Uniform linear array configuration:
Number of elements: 8
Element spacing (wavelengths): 0.75
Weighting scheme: hamming
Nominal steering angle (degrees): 0
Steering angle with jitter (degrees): -1.446
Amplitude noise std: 0.05
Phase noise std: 0.05

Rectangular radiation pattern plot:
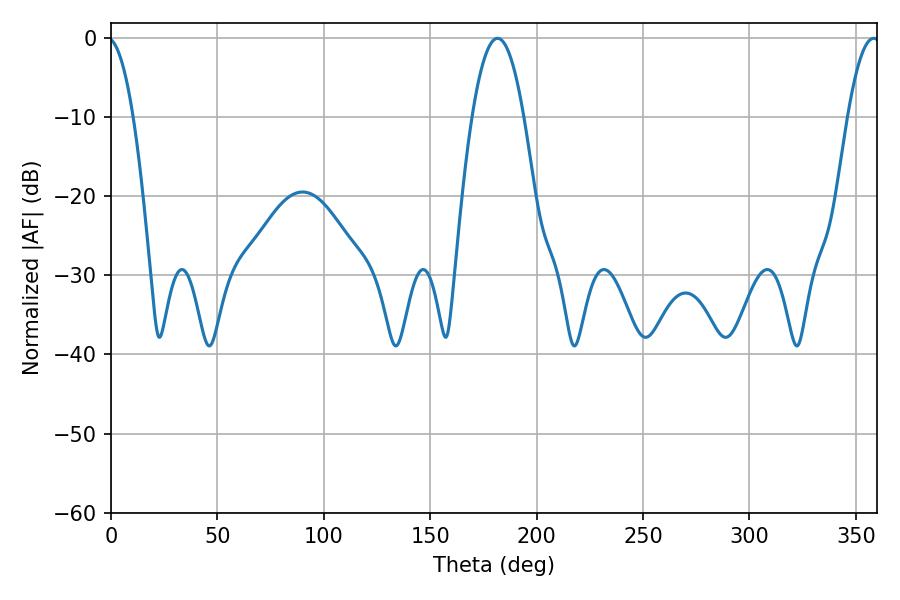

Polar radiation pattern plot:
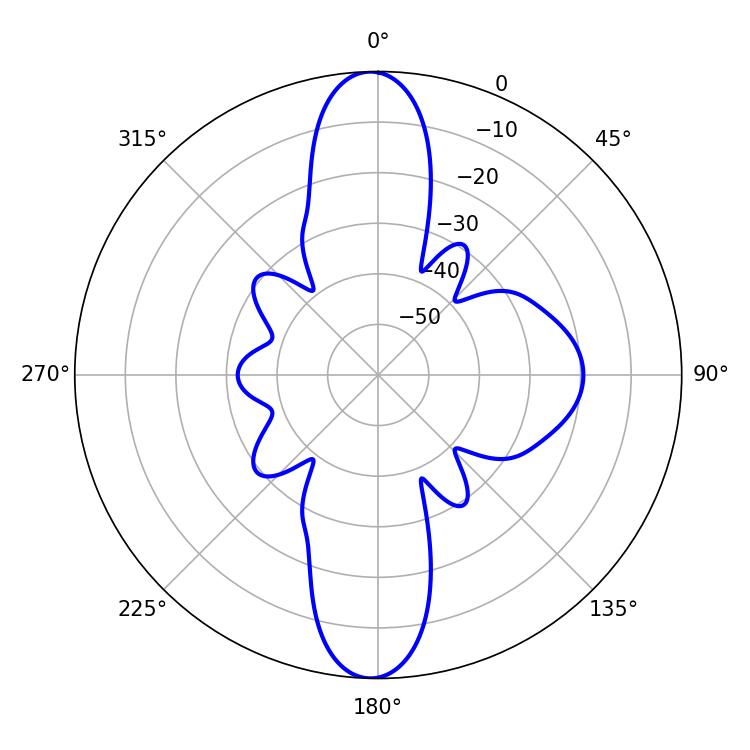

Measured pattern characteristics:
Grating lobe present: TRUE
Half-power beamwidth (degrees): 13.32
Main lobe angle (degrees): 181.62